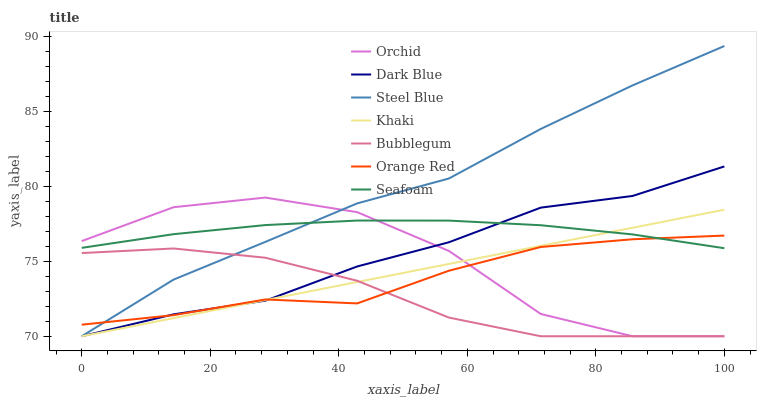
| xaxis_label | Orchid | Dark Blue | Steel Blue | Khaki | Bubblegum | Orange Red | Seafoam |
 | --- | --- | --- | --- | --- | --- | --- | --- |
 | 0 | 76.3 | 70 | 70 | 70 | 75.5 | 70.8 | 75.9 |
 | 14.3 | 78.6 | 71.5 | 73.8 | 71.2 | 75.9 | 71.4 | 76.8 |
 | 28.6 | 79.2 | 72.4 | 76.3 | 72.4 | 75.2 | 72.5 | 77.4 |
 | 42.9 | 78.3 | 74.7 | 78.9 | 73.6 | 73.7 | 72.2 | 77.7 |
 | 57.1 | 75.7 | 76.3 | 80.5 | 74.8 | 71.2 | 74.4 | 77.7 |
 | 71.4 | 71.5 | 78.6 | 83.8 | 76 | 70 | 76 | 77.4 |
 | 85.7 | 70 | 79.4 | 86.7 | 77.2 | 70 | 76.5 | 76.8 |
 | 100 | 70 | 81.3 | 89.4 | 78.4 | 70 | 76.7 | 75.9 |